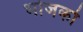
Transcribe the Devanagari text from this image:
भोजको